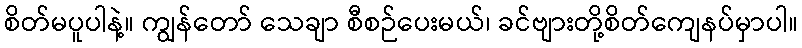
စိတ်မပူပါနဲ့။ ကျွန်တော် သေချာ စီစဉ်ပေးမယ်၊ ခင်ဗျားတို့စိတ်ကျေနပ်မှာပါ။